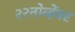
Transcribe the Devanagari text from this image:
२२नोव्हेंबर